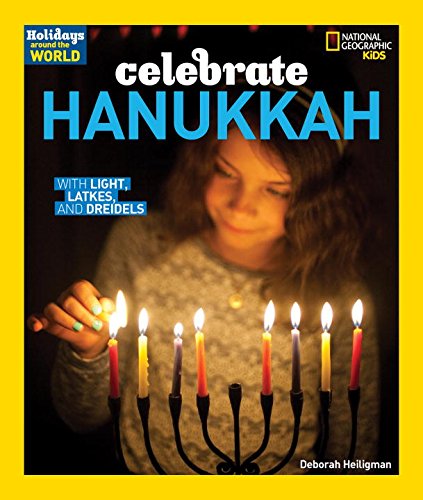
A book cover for Holidays Around the World: Celebrate Hanukkah: With Light, Latkes, and Dreidels; Deborah Heiligman; Children's Books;